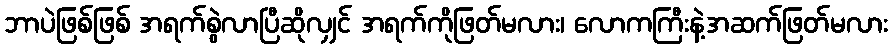
ဘာပဲဖြစ်ဖြစ် အရက်စွဲလာပြီဆိုလျှင် အရက်ကိုဖြတ်မလား၊ လောကကြီးနဲ့အဆက်ဖြတ်မလား